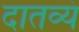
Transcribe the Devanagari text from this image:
दातव्यं